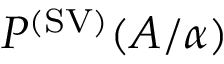
P ^ { ( \mathrm { S V } ) } ( A / \alpha )